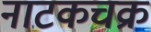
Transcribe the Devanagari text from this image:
नाटकचक्र